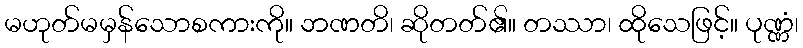
မဟုတ်မမှန်သောစကားကို။ ဘဏတိ၊ ဆိုတတ်၏။ တဿာ၊ ထိုသေဖြင့်။ ပုဏ္ဏံ၊